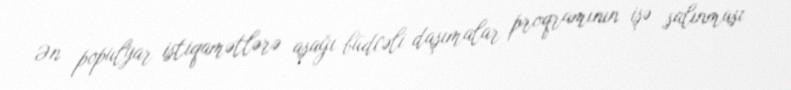
Ən populyar istiqamətlərə aşağı büdcəli daşımalar proqramının işə salınması